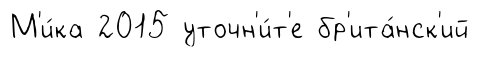
М'и́ка 2015 уточн'и́т'е бр'ита́нск'ий